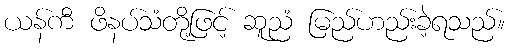
ယန်ကီ ဖိနပ်သံတို့ဖြင့် ဆူညံ မြည်ဟည်းခဲ့ရသည်။